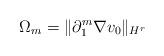
LaTeX: \begin{align*}\Omega_m= \| \partial_1^m \nabla v_0\|_{H^r} \end{align*}